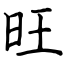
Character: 旺